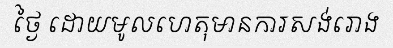
ថ្ងៃ ដោយមូលហេតុមានការសង់រោង